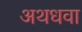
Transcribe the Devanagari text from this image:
अथधवा